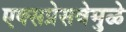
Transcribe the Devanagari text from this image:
एक्सप्रेसवेमुळे